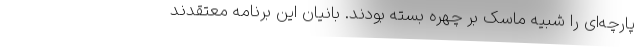
پارچه‌ای را شبیه ماسک بر چهره بسته بودند. بانیان این برنامه معتقدند